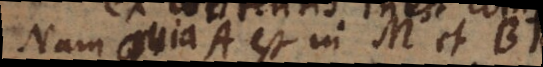
Nam quia A est in M et B